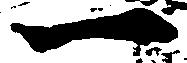
一